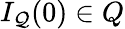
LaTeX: I_{\mathcal{Q}}(0)\in Q